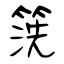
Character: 箲